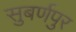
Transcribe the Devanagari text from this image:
सुबर्णपुर